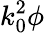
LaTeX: k_{0}^{2}\phi